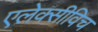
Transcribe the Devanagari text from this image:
एलेक्सीविच